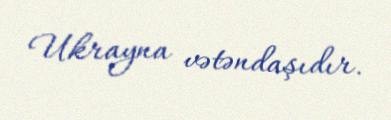
Ukrayna vətəndaşıdır.